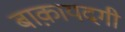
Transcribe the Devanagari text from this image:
बाक़ायदगी